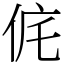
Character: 侂